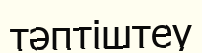
тәптіштеу